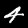
Label: 4